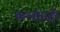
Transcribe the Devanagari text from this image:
कलांतही